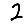
Digit: 2